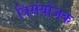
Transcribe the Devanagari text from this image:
त्रिसंयोंजक